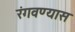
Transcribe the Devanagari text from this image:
रंगवण्यास